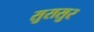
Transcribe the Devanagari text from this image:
सुरासुर